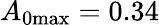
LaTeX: A_{\mathrm{0max}}=0.34